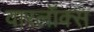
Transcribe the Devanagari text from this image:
वारलॉक्स